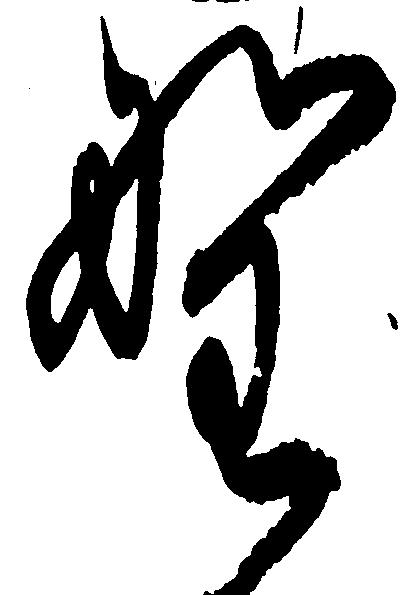
野